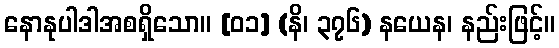
နောနုပါဒါအစရှိသော။ [၀၁] (နိ၊ ၃၇၆) နယေန၊ နည်းဖြင့်။